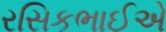
રસિકભાઈએ